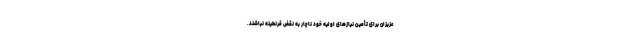
عزیزان برای تأمین نیازهای اولیهٔ خود ناچار به نقض قرنطینه نباشند.